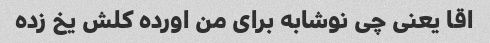
اقا یعنی چی نوشابه برای من اورده کلش یخ زده